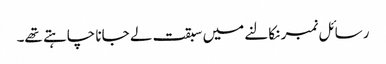
رسائل نمبر نکالنے میں سبقت لے جانا چاہتے تھے۔